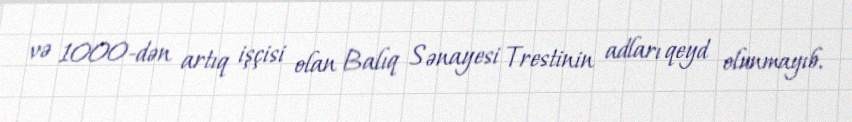
və 1000-dən artıq işçisi olan Balıq Sənayesi Trestinin adları qeyd olunmayıb.